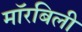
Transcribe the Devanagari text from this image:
मॉरबिली